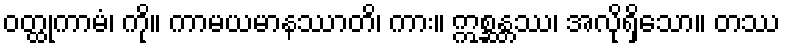
ဝတ္ထုကာမံ၊ ကို။ ကာမယမာနဿာတိ၊ ကား။ ဣစ္ဆန္တဿ၊ အလိုရှိသော။ တဿ